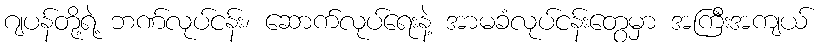
ဂျပန်တို့ရဲ့ ဘဏ်လုပ်ငန်း၊ ဆောက်လုပ်ရေးနဲ့ အာမခံလုပ်ငန်းတွေမှာ အကြီးအကျယ်